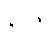
နာဇီ